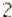
2